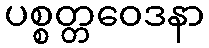
ပစ္စတ္တဝေဒနာ